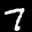
Label: 7